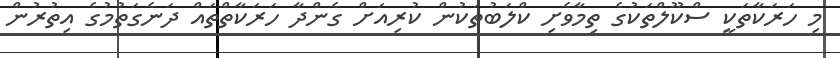
މި ހަރަކާތަކީ ސްކޫލްތަކުގެ ތިމާވެށި ކްލަބުތަކުން ކުރިއަށް ގެންދާ ހަރަކާތްތައް ދަނެގަތުމުގެ އިތުރުން